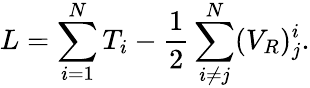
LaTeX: L=\sum_{i=1}^{N}T_{i}-{\frac{1}{2}}\sum_{i\neq j}^{N}(V_{R})_{j}^{i}.